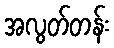
အလွတ်တန်း